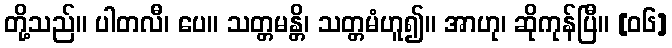
တို့သည်။ ပါတလီ၊ ပေ။ သတ္တမန္တိ၊ သတ္တမံဟူ၍။ အာဟု၊ ဆိုကုန်ပြီ။ [၀၆]